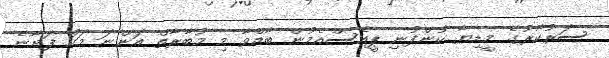
ސަރުކާރުގެ މީޑިޔާ ކުންފުނި ޕީއެސްއެމުން ބާއްވާ މި މުބާރާތް އަންނަ މަހު ފަށާނެ